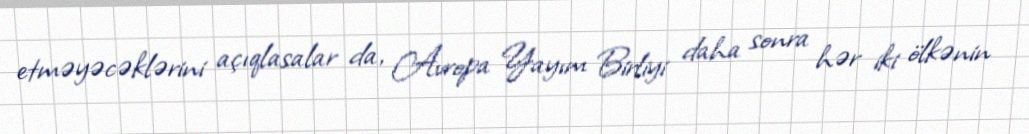
etməyəcəklərini açıqlasalar da, Avropa Yayım Birliyi daha sonra hər iki ölkənin